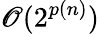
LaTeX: \mathscr{O}(2^{p(n)})